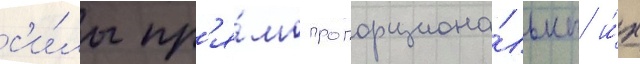
с'и́лы пр'я́мо пропорциона́льны и́х